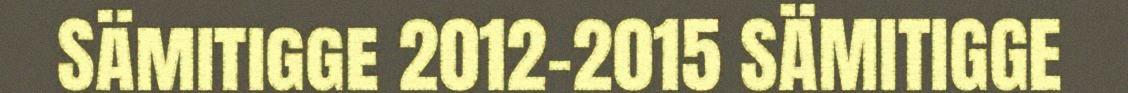
Sämitigge 2012–2015 SÄMITIGGE